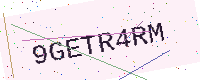
Text: 9GETR4RM